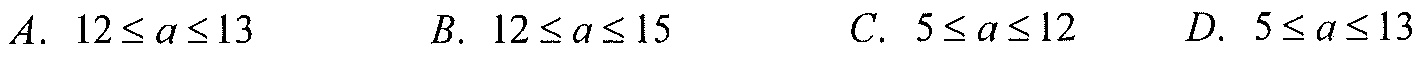
\(A.\ 12\leq a\leq13\qquad B.\ 12\leq a\leq15\qquad C.\ 5\leq a\leq12\qquad D.\ 5\leq a\leq13\)